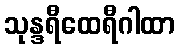
သုန္ဒရီထေရီဂါထာ